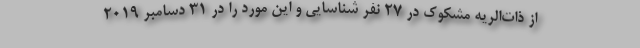
از ذات‌الریه مشکوک در ۲۷ نفر شناسایی و این مورد را در ۳۱ دسامبر ۲۰۱۹